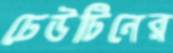
ঢেউটিনের